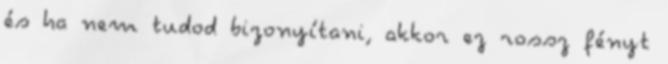
és ha nem tudod bizonyítani, akkor ez rossz fényt